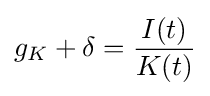
g_{K}+\delta ={\frac {I(t)}{K(t)}}